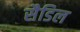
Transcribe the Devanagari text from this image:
सैडिल